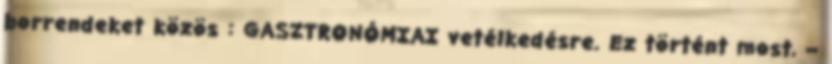
borrendeket közös : GASZTRONÓMIAI vetélkedésre. Ez történt most, –